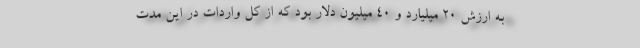
به ارزش ۲۰ میلیارد و ۴۰ میلیون دلار بود که از کل واردات در این مدت